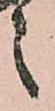
之